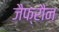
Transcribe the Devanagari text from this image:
जैफ्रौन